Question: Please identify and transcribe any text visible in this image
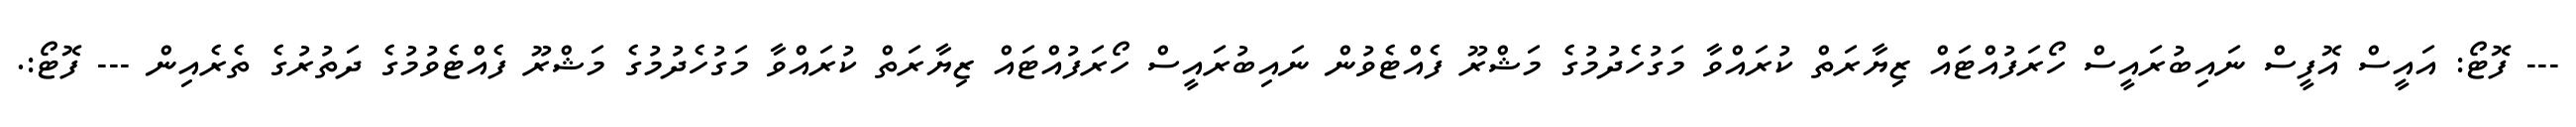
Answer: --- ފޮޓޯ: އައީސް އޮފީސް ނައިބުރައީސް ހޯރަފުއްޓައް ޒިޔާރަތް ކުރައްވާ މަގުހެދުމުގެ މަޝްރޫ ފެއްޓެވުން ނައިބުރައީސް ހޯރަފުއްޓައް ޒިޔާރަތް ކުރައްވާ މަގުހެދުމުގެ މަޝްރޫ ފެއްޓެވުމުގެ ދަތުރުގެ ތެރެއިން --- ފޮޓޯ:.